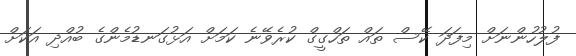
ފުލުހުންނަށް މިފަދަ ކޭސް ތައް ތަހްގީގް ކުރެވޭނެ ކަމަށް އަޅުގަނޑުމެންގެ ބުއްދި އަކަށް